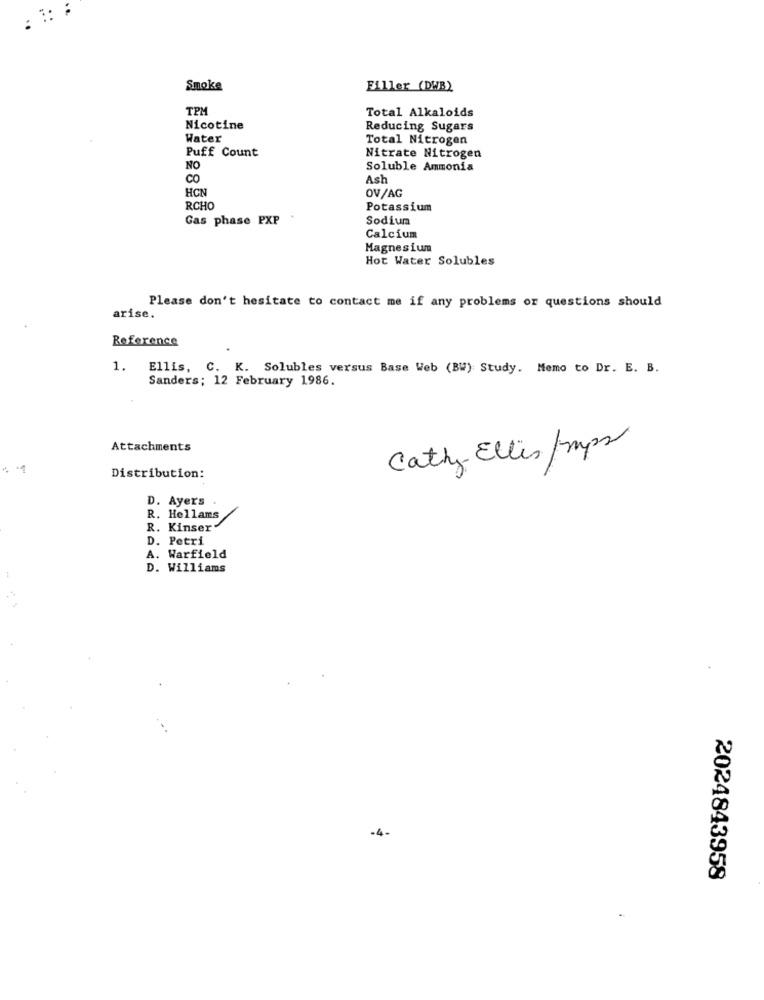
Smoke
Filler (DWB)
TPM
Total Alkaloids
Nicotine
Reducing Sugars
Water
Total Nitrogen
Puff Count
Nitrate Nitrogen
NO
Soluble Ammonia
CO
Ash
HON
OV/AG
RCHO
Potassium
Gas phase PXP
Sodium
Calcium
Magnesium
Hot Water Solubles
Please don't hesitate to contact me if any problems or questions should
arise.
Reference
1.
Ellis, C. K. Solubles versus Base Web (BW) Study. Memo to Dr. E. B.
Sanders; 12 February 1986.
Attachments
Cathy- Ellis / mps
Distribution:
D. Ayers .
R. Hellams
R. Kinser"
D. Petri
A. Warfield
D. Williams
-4.
2024843958